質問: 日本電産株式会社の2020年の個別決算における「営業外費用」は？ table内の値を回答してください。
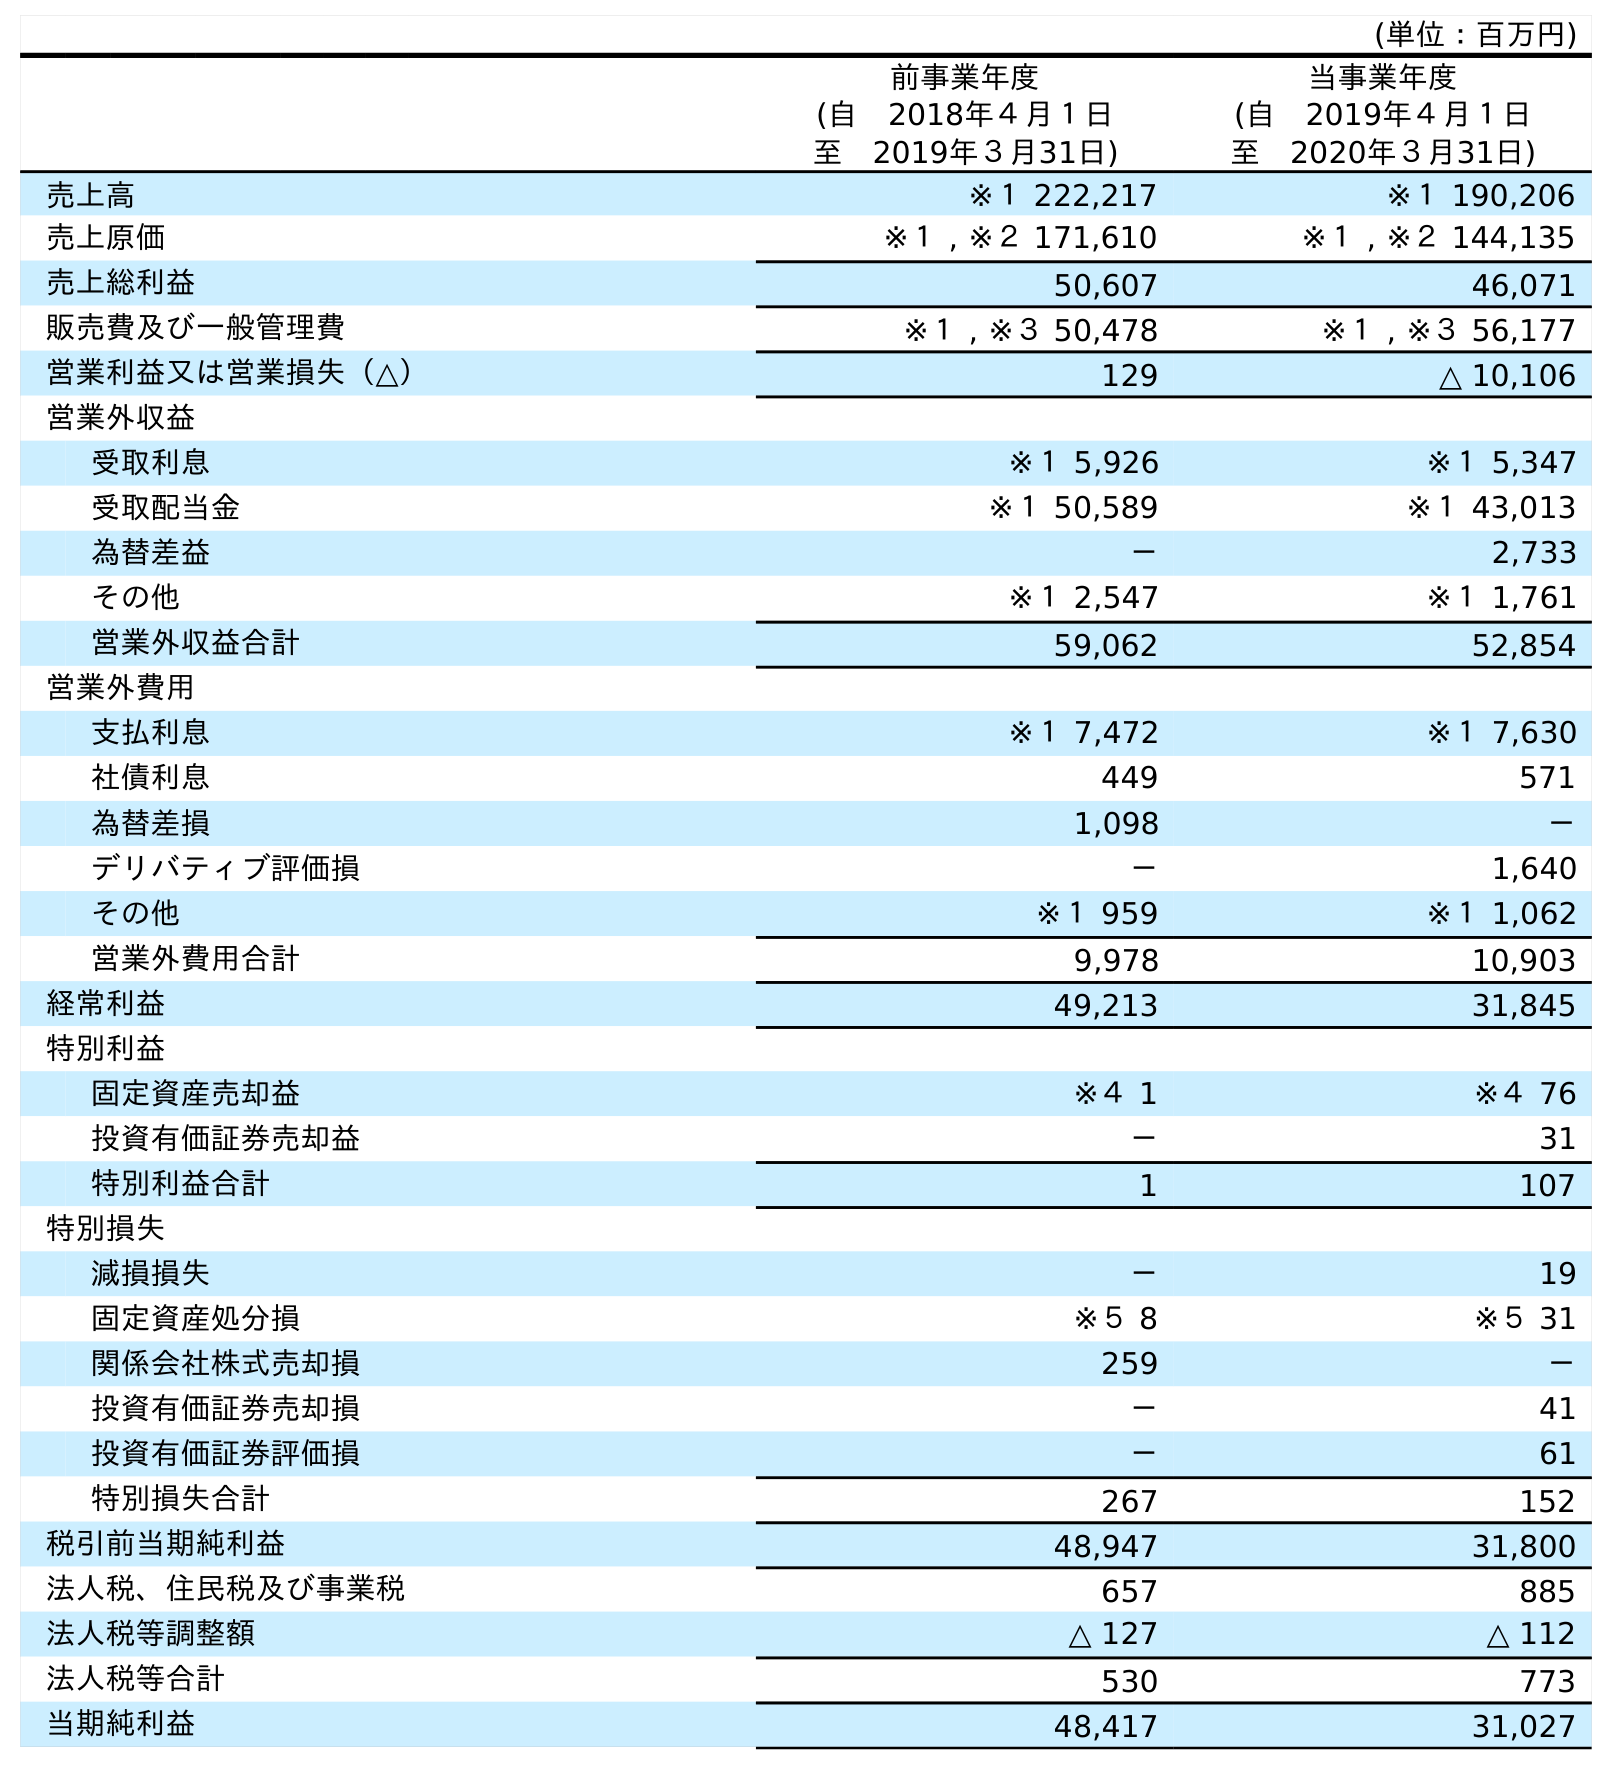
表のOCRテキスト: (単位：百万円) 前事業年度 (自 2018年４月１日 至 2019年３月31日) 当事業年度 (自 2019年４月１日 至 2020年３月31日) 売上高 ※１ 222,217 ※１ 190,206 売上原価 ※１ , ※２ 171,610 ※１ , ※２ 144,135 売上総利益 50,607 46,071 販売費及び一般管理費 ※１ , ※３ 50,478 ※１ , ※３ 56,177 営業利益又は営業損失（△） 129 △ 10,106 営業外収益 受取利息 ※１ 5,926 ※１ 5,347 受取配当金 ※１ 50,589 ※１ 43,013 為替差益 － 2,733 その他 ※１ 2,547 ※１ 1,761 営業外収益合計 59,062 52,854 営業外費用 支払利息 ※１ 7,472 ※１ 7,630 社債利息 449 571 為替差損 1,098 － デリバティブ評価損 － 1,640 その他 ※１ 959 ※１ 1,062 営業外費用合計 9,978 10,903 経常利益 49,213 31,845 特別利益 固定資産売却益 ※４ 1 ※４ 76 投資有価証券売却益 － 31 特別利益合計 1 107 特別損失 減損損失 － 19 固定資産処分損 ※５ 8 ※５ 31 関係会社株式売却損 259 － 投資有価証券売却損 － 41 投資有価証券評価損 － 61 特別損失合計 267 152 税引前当期純利益 48,947 31,800 法人税、住民税及び事業税 657 885 法人税等調整額 △ 127 △ 112 法人税等合計 530 773 当期純利益 48,417 31,027
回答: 10,903